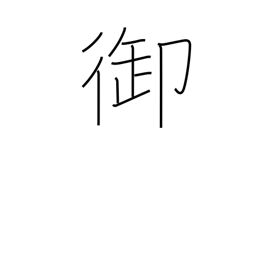
Meaning: govern